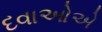
દવાઓએ